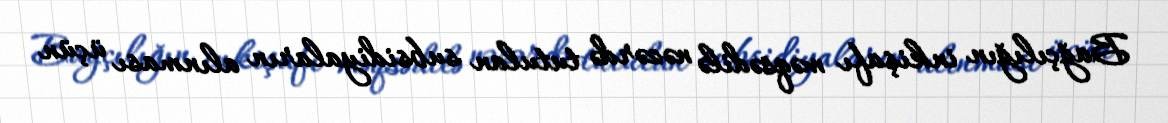
Bağçılığın inkişafı məqsədilə nəzərdə tutulan subsidiyaların alınması üçün